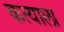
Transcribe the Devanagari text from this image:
कत्याला